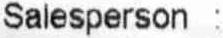
SALESPERSON :